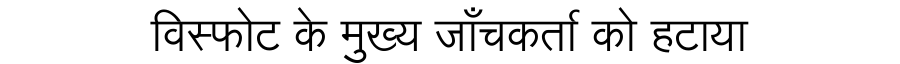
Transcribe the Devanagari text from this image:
विस्फोट के मुख्य जाँचकर्ता को हटाया